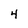
Character: 4